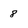
Character: 8